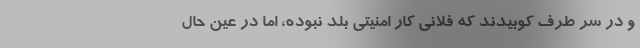
و در سر طرف کوبیدند که فلانی کار امنیتی بلد نبوده، اما در عین حال